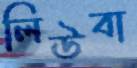
লিউবা